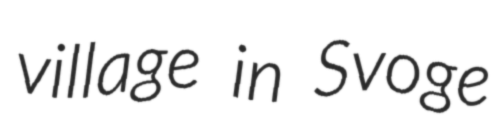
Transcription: village in Svoge